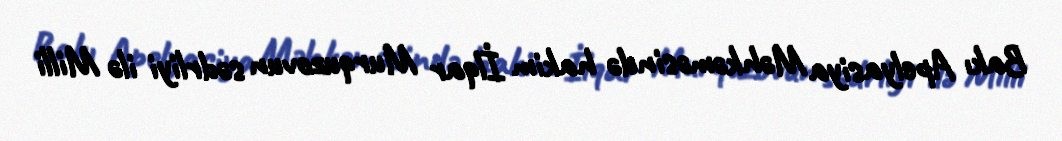
Bakı Apelyasiya Məhkəməsində hakim İlqar Murquzovun sədrliyi ilə Milli